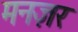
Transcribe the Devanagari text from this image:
मनज़र